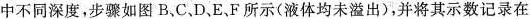
中不同深度，步骤如图B、C.D，E、F所示(液体均未溢出)，并将其示数记录在